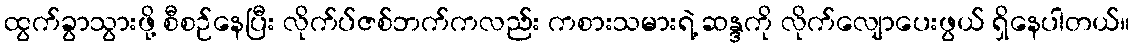
ထွက်ခွာသွားဖို့ စီစဉ်နေပြီး လိုက်ပ်ဇစ်ဘက်ကလည်း ကစားသမားရဲ့ ဆန္ဒကို လိုက်လျောပေးဖွယ် ရှိနေပါတယ်။